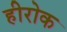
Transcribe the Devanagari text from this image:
हीरोक